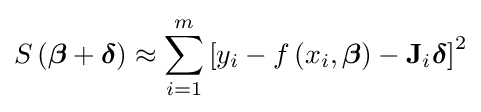
S\left({\boldsymbol {\beta }}+{\boldsymbol {\delta }}\right)\approx \sum _{i=1}^{m}\left[y_{i}-f\left(x_{i},{\boldsymbol {\beta }}\right)-\mathbf {J} _{i}{\boldsymbol {\delta }}\right]^{2}